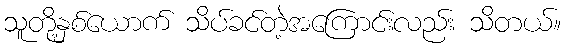
သူတို့နှစ်ယောက် သိပ်ခင်တဲ့အကြောင်းလည်း သိတယ်။